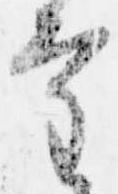
審